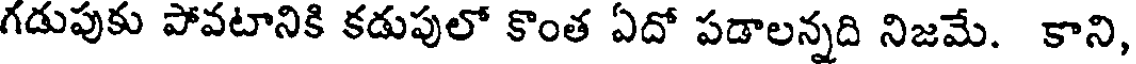
గడుపుకు పోవటానికి కడుపులో కొంత ఏదో పడాలన్నది నిజమే. కాని,